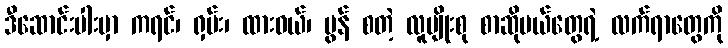
ဒီဆောင်းပါးမှာ ကရင်၊ ရှမ်း၊ ထားဝယ်၊ မွန် စတဲ့ လူမျိုးစု စာဆိုမယ်တွေရဲ့ လက်ရာတွေကို